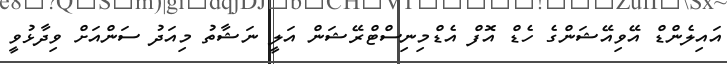
އައިލެންޑް އޭވިއޭޝަންގެ ހެޑް އޮފް އެޑްމިނިސްޓްރޭޝަން އަލީ ނަޝާތު މިއަދު ސަންއަށް ވިދާޅުވީ